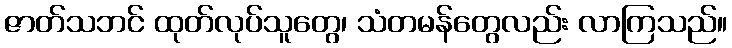
ဇာတ်သဘင် ထုတ်လုပ်သူတွေ၊ သံတမန်တွေလည်း လာကြသည်။